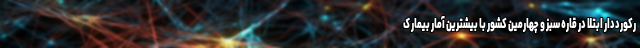
رکورددار ابتلا در قاره سبز و چهارمین کشور با بیشترین آمار بیمار ک